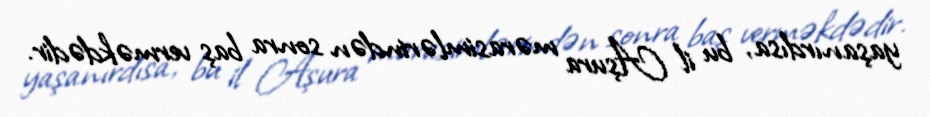
yaşanırdısa, bu il Aşura mərasimlərindən sonra baş verməkdədir.